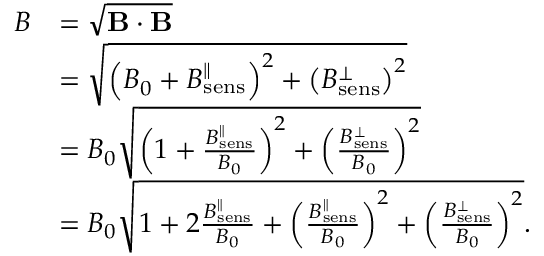
\begin{array} { r l } { B } & { = \sqrt { \mathbf { B } \cdot \mathbf { B } } } \\ & { = \sqrt { \left( B _ { 0 } + B _ { \mathrm { s e n s } } ^ { \parallel } \right) ^ { 2 } + \left( B _ { \mathrm { s e n s } } ^ { \perp } \right) ^ { 2 } } } \\ & { = B _ { 0 } \sqrt { \left( 1 + \frac { B _ { \mathrm { s e n s } } ^ { \parallel } } { B _ { 0 } } \right) ^ { 2 } + \left( \frac { B _ { \mathrm { s e n s } } ^ { \perp } } { B _ { 0 } } \right) ^ { 2 } } } \\ & { = B _ { 0 } \sqrt { 1 + 2 \frac { B _ { \mathrm { s e n s } } ^ { \parallel } } { B _ { 0 } } + \left( \frac { B _ { \mathrm { s e n s } } ^ { \parallel } } { B _ { 0 } } \right) ^ { 2 } + \left( \frac { B _ { \mathrm { s e n s } } ^ { \perp } } { B _ { 0 } } \right) ^ { 2 } } . } \end{array}